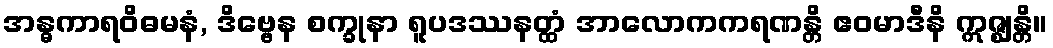
အန္ဓကာရဝိဓမနံ, ဒိဗ္ဗေန စက္ခုနာ ရူပဒဿနတ္ထံ အာလောကကရဏန္တိ ဧဝမာဒီနိ ဣဇ္ဈန္တိ။